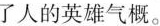
了人的英雄气概。